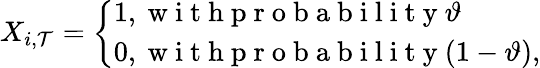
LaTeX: X_{i,\mathcal{T}}=\left\{ \begin{array}{ll}{1,\mathrm{~w~i~t~h~p~r~o~b~a~b~i~l~i~t~y~}\vartheta}\\ {0,\mathrm{~w~i~t~h~p~r~o~b~a~b~i~l~i~t~y~}(1-\vartheta),}\end{array}\right.